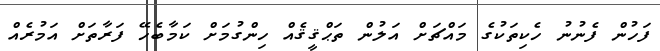
ފަހުން ފެނުނު ހެކިތަކުގެ މައްޗަށް އަލުން ތަޙްޤީޤެއް ހިންގުމަށް ކަމާބެހޭ ފަރާތަށް އަމުރެއް